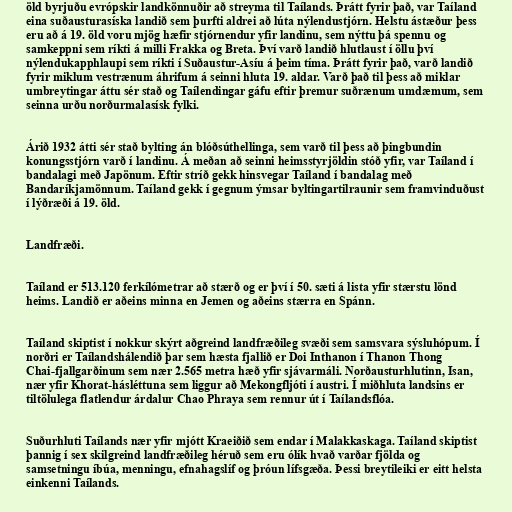
öld byrjuðu evrópskir landkönnuðir að streyma til Taílands. Þrátt fyrir það, var Taíland
eina suðausturasíska landið sem þurfti aldrei að lúta nýlendustjórn. Helstu ástæður þess
eru að á 19. öld voru mjög hæfir stjórnendur yfir landinu, sem nýttu þá spennu og
samkeppni sem ríkti á milli Frakka og Breta. Því varð landið hlutlaust í öllu því
nýlendukapphlaupi sem ríkti í Suðaustur-Asíu á þeim tíma. Þrátt fyrir það, varð landið
fyrir miklum vestrænum áhrifum á seinni hluta 19. aldar. Varð það til þess að miklar
umbreytingar áttu sér stað og Taílendingar gáfu eftir þremur suðrænum umdæmum, sem
seinna urðu norðurmalasísk fylki.

Árið 1932 átti sér stað bylting án blóðsúthellinga, sem varð til þess að þingbundin
konungsstjórn varð í landinu. Á meðan að seinni heimsstyrjöldin stóð yfir, var Taíland í
bandalagi með Japönum. Eftir stríð gekk hinsvegar Taíland í bandalag með
Bandaríkjamönnum. Taíland gekk í gegnum ýmsar byltingartilraunir sem framvinduðust
í lýðræði á 19. öld.

Landfræði.

Taíland er 513.120 ferkílómetrar að stærð og er því í 50. sæti á lista yfir stærstu lönd
heims. Landið er aðeins minna en Jemen og aðeins stærra en Spánn.

Taíland skiptist í nokkur skýrt aðgreind landfræðileg svæði sem samsvara sýsluhópum. Í
norðri er Taílandshálendið þar sem hæsta fjallið er Doi Inthanon í Thanon Thong
Chai-fjallgarðinum sem nær 2.565 metra hæð yfir sjávarmáli. Norðausturhlutinn, Isan,
nær yfir Khorat-hásléttuna sem liggur að Mekongfljóti í austri. Í miðhluta landsins er
tiltölulega flatlendur árdalur Chao Phraya sem rennur út í Taílandsflóa.

Suðurhluti Taílands nær yfir mjótt Kraeiðið sem endar í Malakkaskaga. Taíland skiptist
þannig í sex skilgreind landfræðileg héruð sem eru ólík hvað varðar fjölda og
samsetningu íbúa, menningu, efnahagslíf og þróun lífsgæða. Þessi breytileiki er eitt helsta
einkenni Taílands.